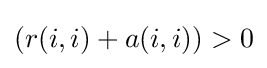
(r(i,i)+a(i,i))>0